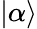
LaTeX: \left|\alpha\right>